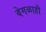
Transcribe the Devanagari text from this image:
वेगळाही